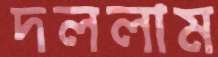
দললাম